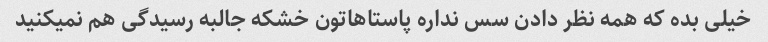
خیلی بده که همه نظر دادن سس نداره پاستاهاتون خشکه جالبه رسیدگی هم نمیکنید